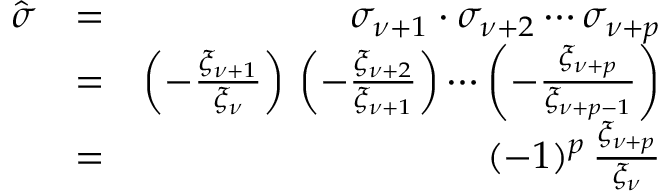
\begin{array} { r l r } { \hat { \sigma } } & { = } & { \sigma _ { \nu + 1 } \cdot \sigma _ { \nu + 2 } \cdots \sigma _ { \nu + p } } \\ & { = } & { \left( - \frac { \xi _ { \nu + 1 } } { \xi _ { \nu } } \right) \, \left( - \frac { \xi _ { \nu + 2 } } { \xi _ { \nu + 1 } } \right) \cdots \left( - \frac { \xi _ { \nu + p } } { \xi _ { \nu + p - 1 } } \right) } \\ & { = } & { ( - 1 ) ^ { p } \, \frac { \xi _ { \nu + p } } { \xi _ { \nu } } } \end{array}